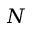
N